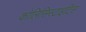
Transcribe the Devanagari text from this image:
कोलिसिस्टाइटिस